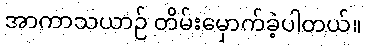
အာကာသယာဉ် တိမ်းမှောက်ခဲ့ပါတယ်။